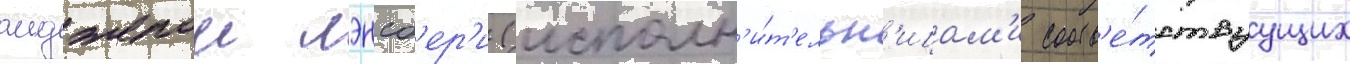
анджелои лэнсб'ер'и (исполн'и́т'ельн'ицам'и соотв'е́тствуущих